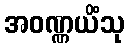
အဝဏ္ဏယိံသု